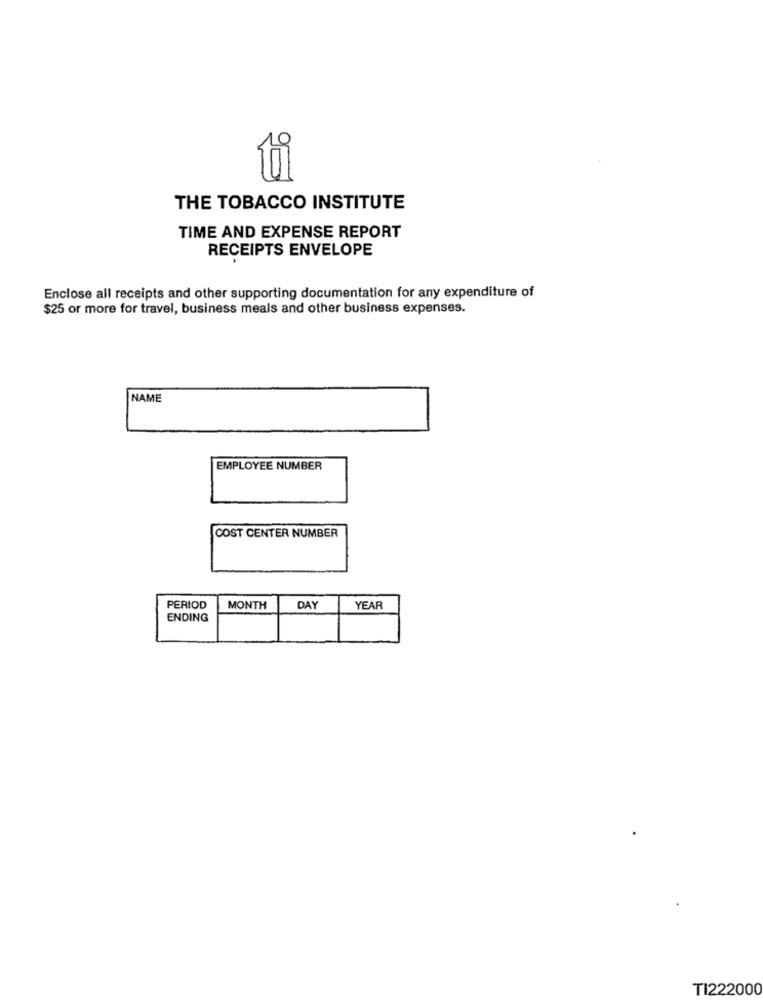
THE TOBACCO INSTITUTE
TIME AND EXPENSE REPORT
RECEIPTS ENVELOPE
Enclose all receipts and other supporting documentation for any expenditure of
$25 or more for travel, business meals and other business expenses.
NAME
EMPLOYEE NUMBER
COST CENTER NUMBER
PERIOD
MONTH
DAY
YEAR
ENDING
TI222000